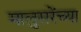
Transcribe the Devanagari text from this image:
मालुसरेंच्या